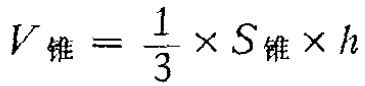
$V_{锥}=\frac{1}{3} \times S_{锥} \times h$